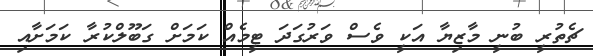
ޗެތުރީ ބުނީ މާޒިޔާ އަކީ ވެސް ވަރުގަދަ ޓީމެއް ކަމަށް ގަބޫލްކުރާ ކަމަށާއި